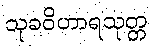
သုခဝိဟာရသုတ္တ